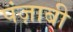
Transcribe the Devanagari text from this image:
पंज़ाबी